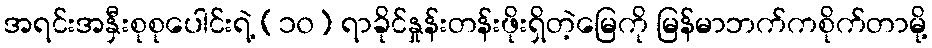
အရင်းအနှီးစုစုပေါင်းရဲ့ (၁၀) ရာခိုင်နှုန်းတန်းဖိုးရှိတဲ့မြေကို မြန်မာဘက်ကစိုက်တာမို့